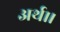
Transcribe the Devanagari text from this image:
अर्थ।।